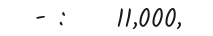
- :    11